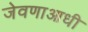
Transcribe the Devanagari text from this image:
जेवणाआधी